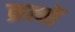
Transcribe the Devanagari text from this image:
क्रत्यों